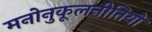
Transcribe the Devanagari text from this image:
मनोनुकूलनीतियों